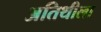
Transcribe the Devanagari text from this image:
अतिथीला